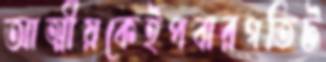
আত্মীয়কেইপবারগতিট